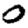
Digit: 0